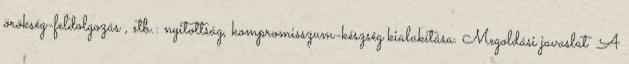
örökség-feldolgozás , stb.: nyitottság, kompromisszum-készség kialakítása. Megoldási javaslat ▪A